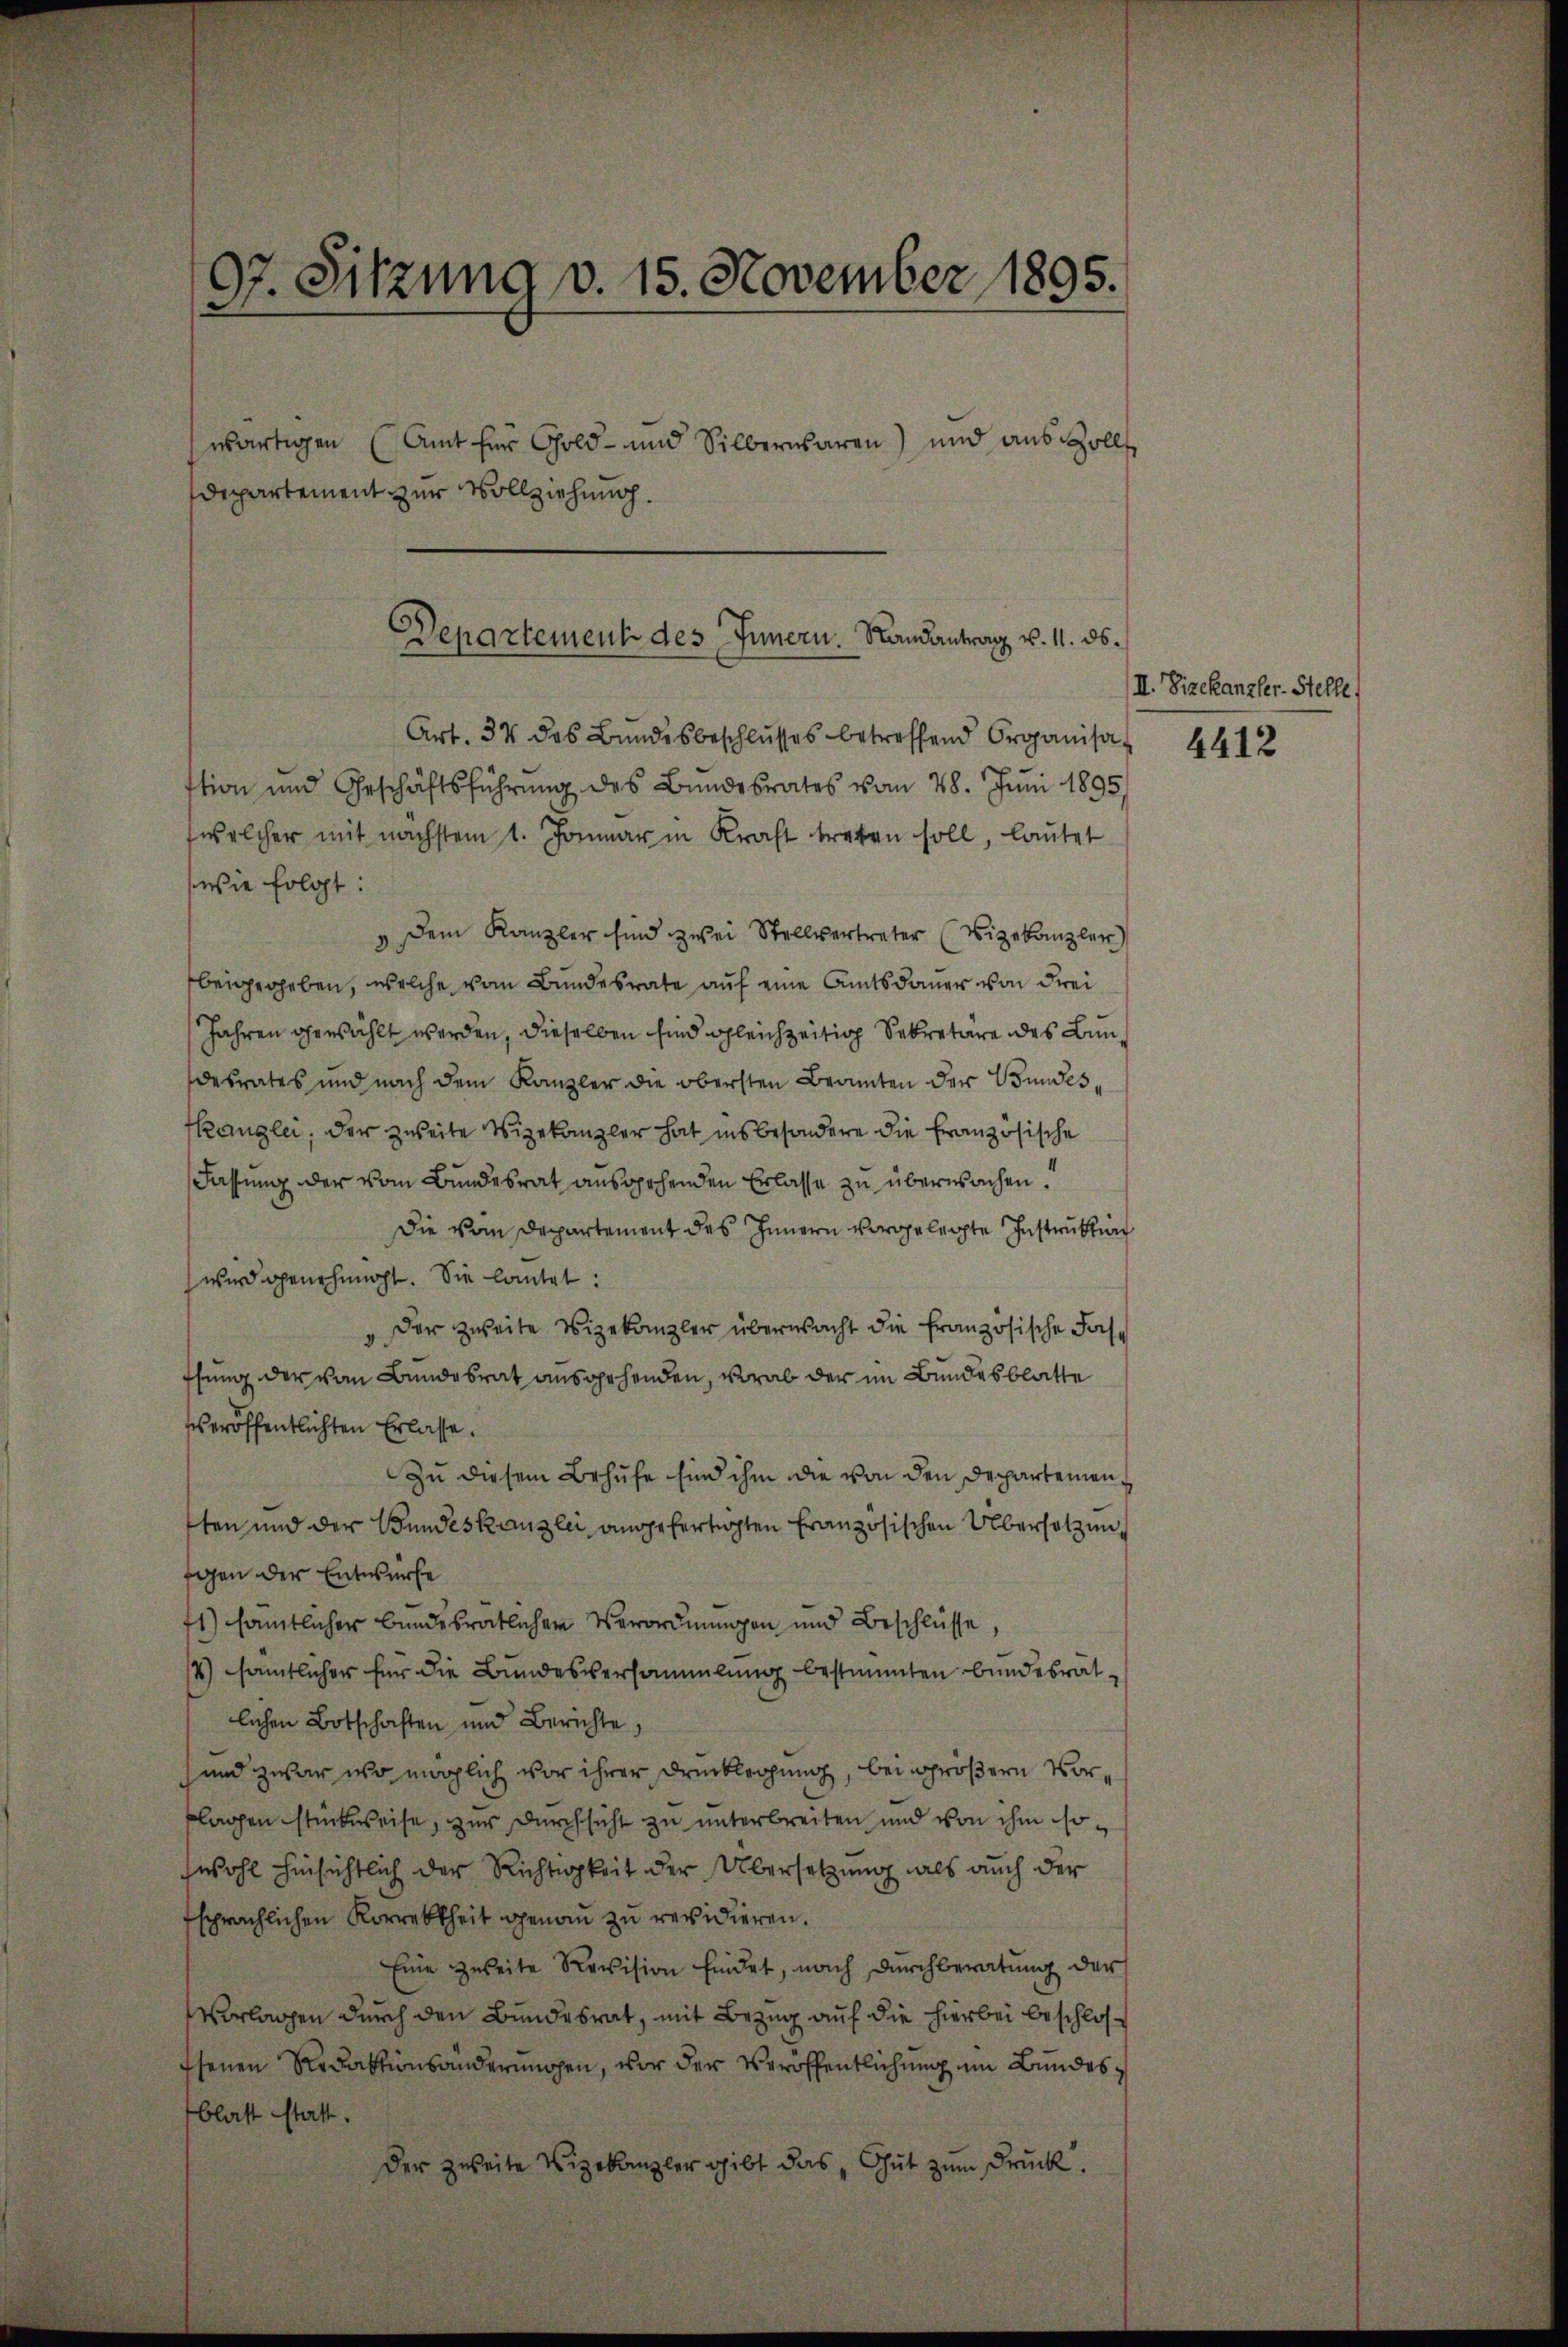
97. Sitzung v. 15. November 1895.
wärtigen (Amt für Gold- und Silberwaren) und aus sollt
Departement zur Vollziehung.

Departement des Innern. Randantrag v. 11. ds.

Art. 34 des Bundesbeschlusses betreffend Organisat
stion und Geschäftsführung des Bundesrates vom 28. Juni 1895
welcher mit nachstem 1. Januar in Kraft treten soll, lautet
wie folgt:
 Dem Kanzler sind zwei Stellvertreter (Vizekanzler
beigegeben, welche vom Bundesrate auf eine Amtsdauer von Frei
Jahren gewählt werden, dieselben sind gleichzeitig Sekretäre des Bundesrates und nach dem Kanzler die obersten Beamten der Bundes¬
Kanzlei, der zweite Vizekanzler hat insbesondere die französische
Fassung der vom Bundesrat ausgehenden Erlasse zu überwachen.
Die vom Departement des Innern vorgelegte Instruktion
wird genehmigt. Sie lautet:
"Der zweite Vizekanzler überwacht die französische Fasthung der von Bundesrat ausgehenden, worab der im Bundesblatte
Es eröffentlichten Erlasse.
Zu diesem Behufe sind ihm die von den Departementen und der Bundeskanzlei angefertigten Französischen Übersetzung
gen der Entwurfe
71) sämtlicher Bundesrätlicher Verordnungen und Beschlüsse,
4) sämtlicher für die Bundesversammlung bestimmten Bundesrät-
lichen Botschaften und Berichte
und zwar wo möglich vor ihrer Drucklegung, bei größern Vorklagen stückweise, zur Durchsicht zu unterbreiten und von ihm sowohl hinsichtlich der Richtigkeit der Übersetzung als auch der
sprächlichen Korrekkheit genau zu revidieren.
Eine zweite Revision findet, nach durchberatung der
Vorlagen durch den Bundesrat, mit Bezug auf die hierbei beschlos¬
Esenen Redaktionsänderungen, vor der Veröffentlichung im Bundesblatt statt.
Der zweite Vizekanzler gibt das „Gut zum Druck.

II. Vizekanzler-Stelle,

4412